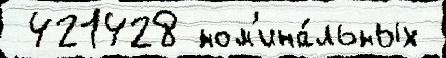
 421428 ном'ина́льных